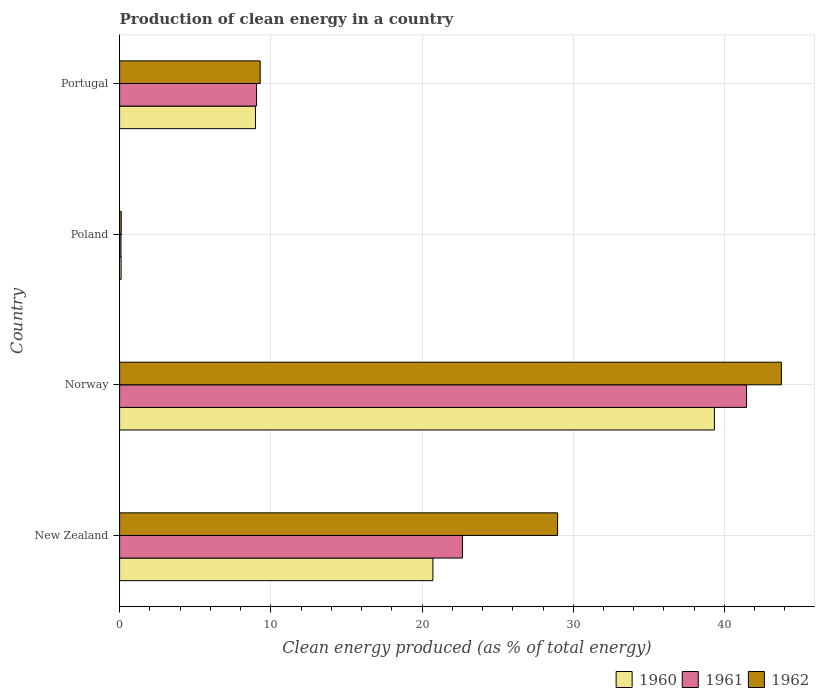
| Country | 1960 | 1961 | 1962 |
 | --- | --- | --- | --- |
 | New Zealand | 20.7 | 22.7 | 29 |
 | Norway | 39.3 | 41.5 | 43.8 |
 | Poland | 0.1 | 0.0915 | 0.108 |
 | Portugal | 8.99 | 9.06 | 9.3 |